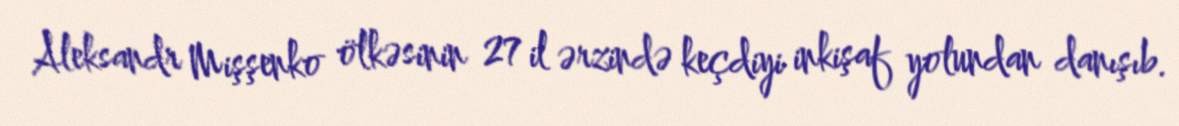
Aleksandr Mişşenko ölkəsinin 27 il ərzində keçdiyi inkişaf yolundan danışıb.